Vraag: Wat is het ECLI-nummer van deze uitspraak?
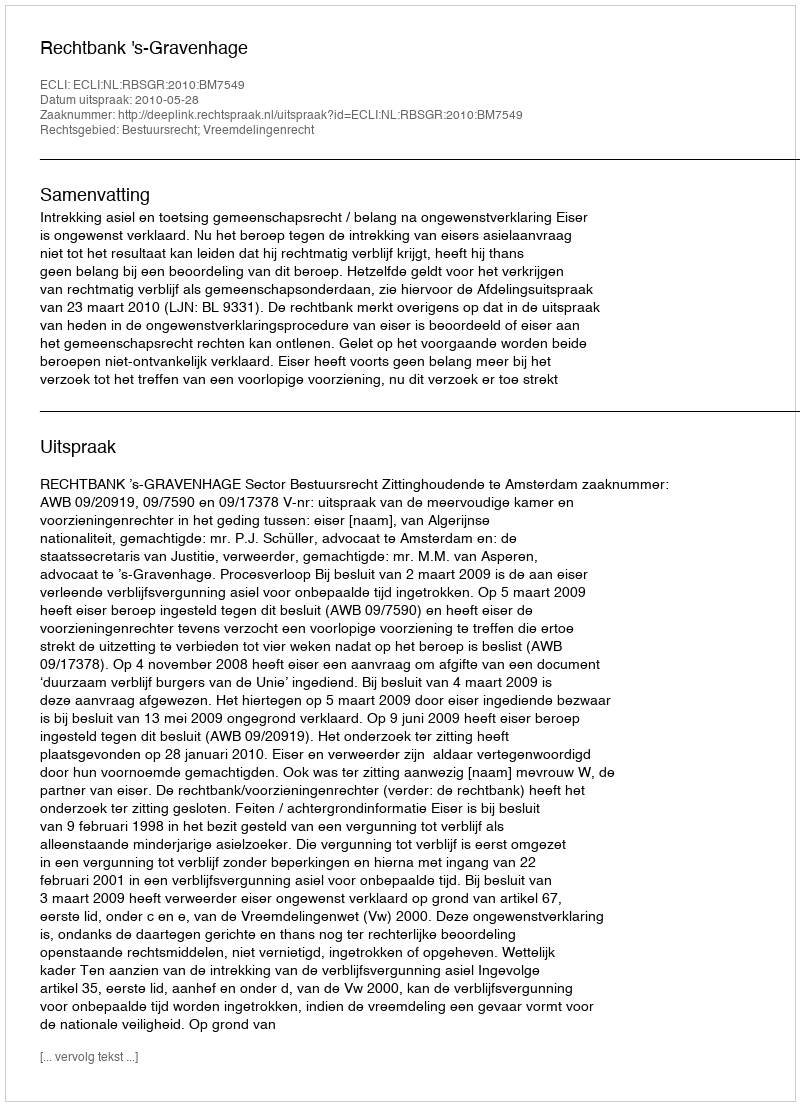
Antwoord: ECLI:NL:RBSGR:2010:BM7549